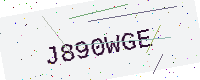
Text: J890WGE